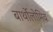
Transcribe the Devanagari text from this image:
बार्थोलोमिव